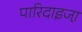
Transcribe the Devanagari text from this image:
पारिदाइजा़